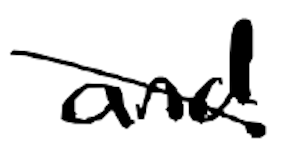
Text: and
Cross-out: diagonal
Writing tool: digital_black